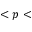
< p <